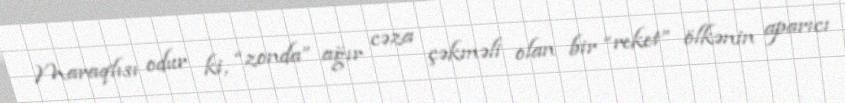
Maraqlısı odur ki, “zonda” ağır cəza çəkməli olan bir “reket” ölkənin aparıcı